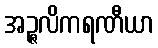
အဉ္ဇလိကရဏီယာ